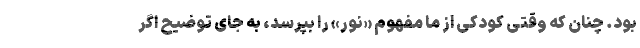
بود. چنان که وقتی کودکی از ما مفهوم «نور» را بپرسد، به جای توضیح اگر